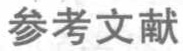
参考文献